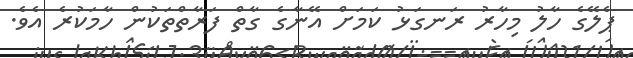
ޕެލޭގެ ހާލު މިހާރު ރަނގަޅު ކަމަށް އޭނާގެ ގާތް ފަރާތްތަކުން ހާމަކުރެ އެވެ.